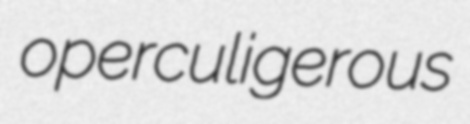
operculigerous